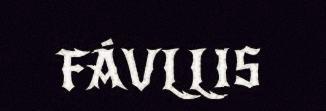
FÁVLLIS